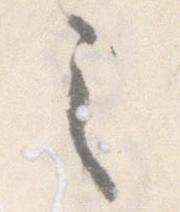
之